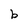
Character: b